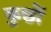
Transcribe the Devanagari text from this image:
कुछों